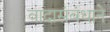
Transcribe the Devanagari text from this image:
वादासंबंधाने